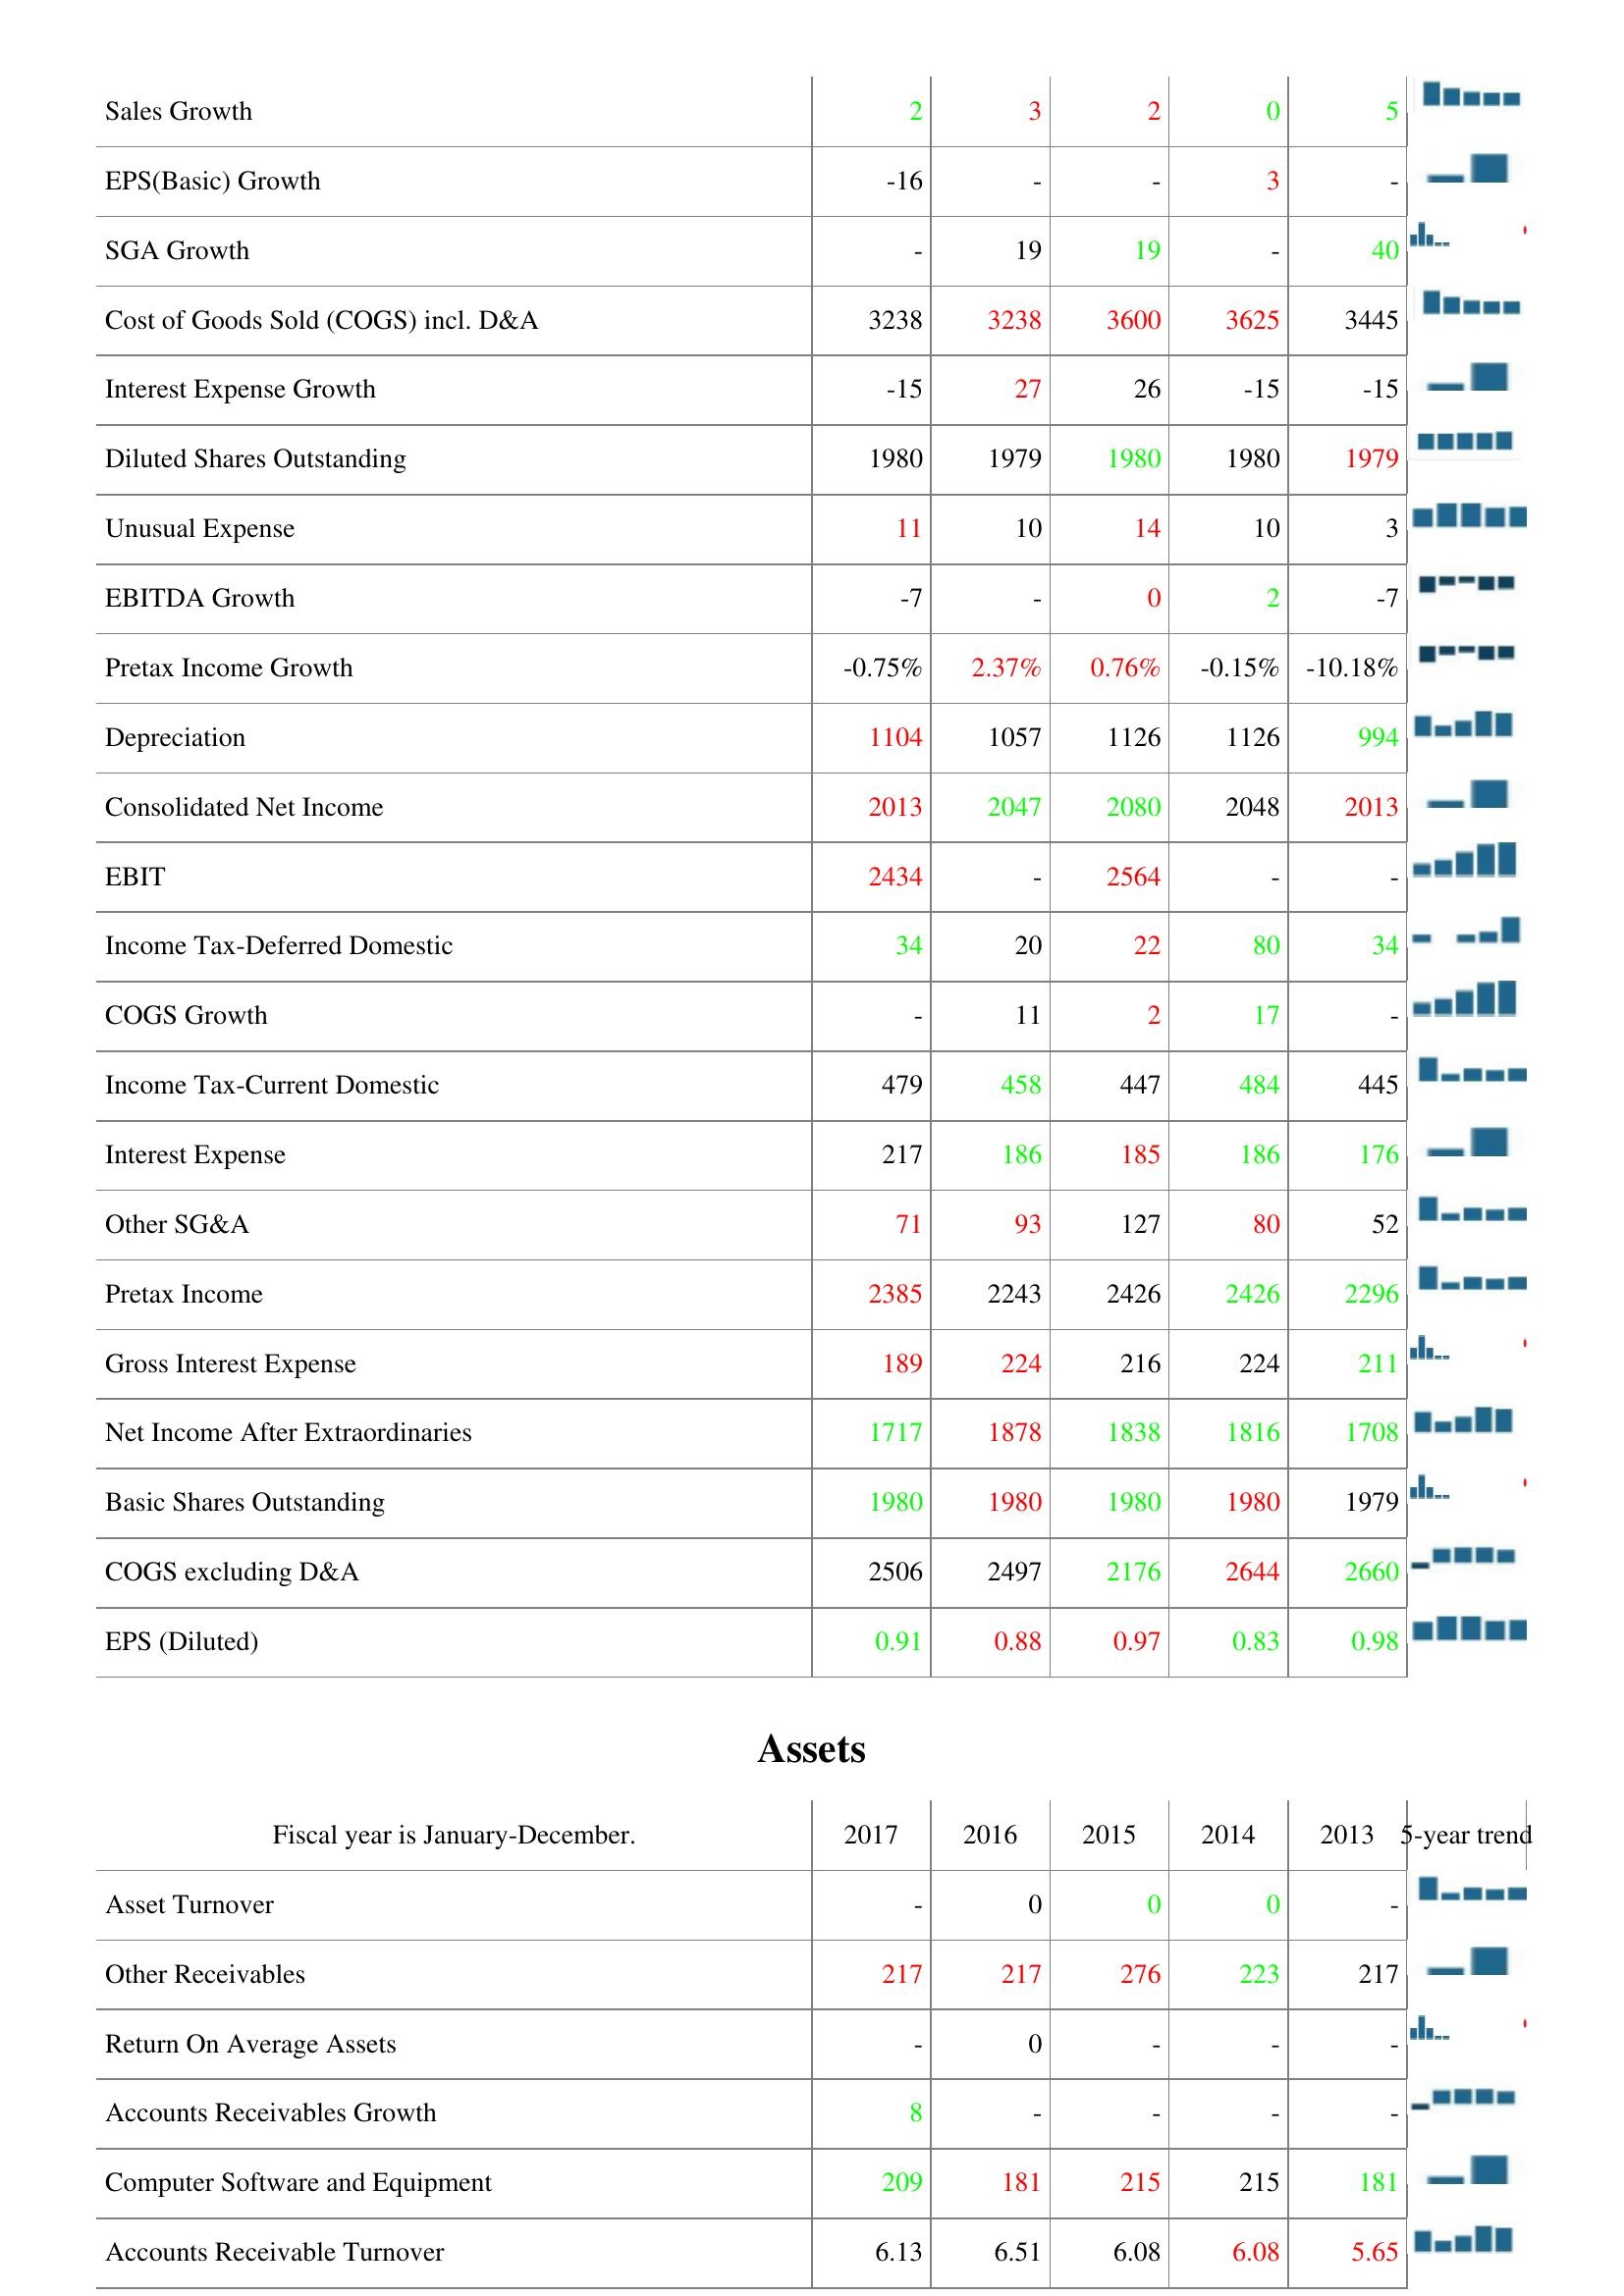
2017: : Sales Growth: 2
EPS(Basic) Growth: -16
SGA Growth: -
Cost of Goods Sold (COGS) incl. D&A: 3238
Interest Expense Growth: -15
Diluted Shares Outstanding: 1980
Unusual Expense: 11
EBITDA Growth: -7
Pretax Income Growth: -0.75%
Depreciation: 1104
Consolidated Net Income: 2013
EBIT: 2434
Income Tax-Deferred Domestic: 34
COGS Growth: -
Income Tax-Current Domestic: 479
Interest Expense: 217
Other SG&A: 71
Pretax Income: 2385
Gross Interest Expense: 189
Net Income After Extraordinaries: 1717
Basic Shares Outstanding: 1980
COGS excluding D&A: 2506
EPS (Diluted): 0.91
Assets: Asset Turnover: -
Other Receivables: 217
Return On Average Assets: -
Accounts Receivables Growth: 8
Computer Software and Equipment: 209
Accounts Receivable Turnover: 6.13
2016: : Sales Growth: 3
EPS(Basic) Growth: -
SGA Growth: 19
Cost of Goods Sold (COGS) incl. D&A: 3238
Interest Expense Growth: 27
Diluted Shares Outstanding: 1979
Unusual Expense: 10
EBITDA Growth: -
Pretax Income Growth: 2.37%
Depreciation: 1057
Consolidated Net Income: 2047
EBIT: -
Income Tax-Deferred Domestic: 20
COGS Growth: 11
Income Tax-Current Domestic: 458
Interest Expense: 186
Other SG&A: 93
Pretax Income: 2243
Gross Interest Expense: 224
Net Income After Extraordinaries: 1878
Basic Shares Outstanding: 1980
COGS excluding D&A: 2497
EPS (Diluted): 0.88
Assets: Asset Turnover: 0
Other Receivables: 217
Return On Average Assets: 0
Accounts Receivables Growth: -
Computer Software and Equipment: 181
Accounts Receivable Turnover: 6.51
2015: : Sales Growth: 2
EPS(Basic) Growth: -
SGA Growth: 19
Cost of Goods Sold (COGS) incl. D&A: 3600
Interest Expense Growth: 26
Diluted Shares Outstanding: 1980
Unusual Expense: 14
EBITDA Growth: 0
Pretax Income Growth: 0.76%
Depreciation: 1126
Consolidated Net Income: 2080
EBIT: 2564
Income Tax-Deferred Domestic: 22
COGS Growth: 2
Income Tax-Current Domestic: 447
Interest Expense: 185
Other SG&A: 127
Pretax Income: 2426
Gross Interest Expense: 216
Net Income After Extraordinaries: 1838
Basic Shares Outstanding: 1980
COGS excluding D&A: 2176
EPS (Diluted): 0.97
Assets: Asset Turnover: 0
Other Receivables: 276
Return On Average Assets: -
Accounts Receivables Growth: -
Computer Software and Equipment: 215
Accounts Receivable Turnover: 6.08
2014: : Sales Growth: 0
EPS(Basic) Growth: 3
SGA Growth: -
Cost of Goods Sold (COGS) incl. D&A: 3625
Interest Expense Growth: -15
Diluted Shares Outstanding: 1980
Unusual Expense: 10
EBITDA Growth: 2
Pretax Income Growth: -0.15%
Depreciation: 1126
Consolidated Net Income: 2048
EBIT: -
Income Tax-Deferred Domestic: 80
COGS Growth: 17
Income Tax-Current Domestic: 484
Interest Expense: 186
Other SG&A: 80
Pretax Income: 2426
Gross Interest Expense: 224
Net Income After Extraordinaries: 1816
Basic Shares Outstanding: 1980
COGS excluding D&A: 2644
EPS (Diluted): 0.83
Assets: Asset Turnover: 0
Other Receivables: 223
Return On Average Assets: -
Accounts Receivables Growth: -
Computer Software and Equipment: 215
Accounts Receivable Turnover: 6.08
2013: : Sales Growth: 5
EPS(Basic) Growth: -
SGA Growth: 40
Cost of Goods Sold (COGS) incl. D&A: 3445
Interest Expense Growth: -15
Diluted Shares Outstanding: 1979
Unusual Expense: 3
EBITDA Growth: -7
Pretax Income Growth: -10.18%
Depreciation: 994
Consolidated Net Income: 2013
EBIT: -
Income Tax-Deferred Domestic: 34
COGS Growth: -
Income Tax-Current Domestic: 445
Interest Expense: 176
Other SG&A: 52
Pretax Income: 2296
Gross Interest Expense: 211
Net Income After Extraordinaries: 1708
Basic Shares Outstanding: 1979
COGS excluding D&A: 2660
EPS (Diluted): 0.98
Assets: Asset Turnover: -
Other Receivables: 217
Return On Average Assets: -
Accounts Receivables Growth: -
Computer Software and Equipment: 181
Accounts Receivable Turnover: 5.65